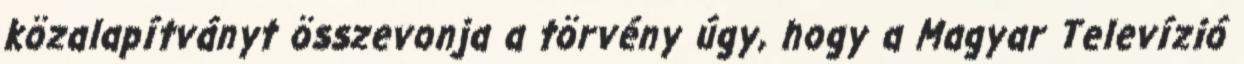
közalapítványt összevonja a törvény úgy, hogy a Magyar Televízió